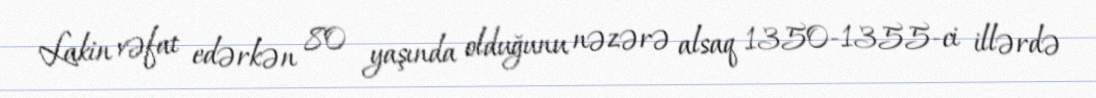
Lakin vəfat edərkən 80 yaşında olduğunu nəzərə alsaq 1350-1355-ci illərdə